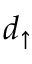
d _ { \uparrow }